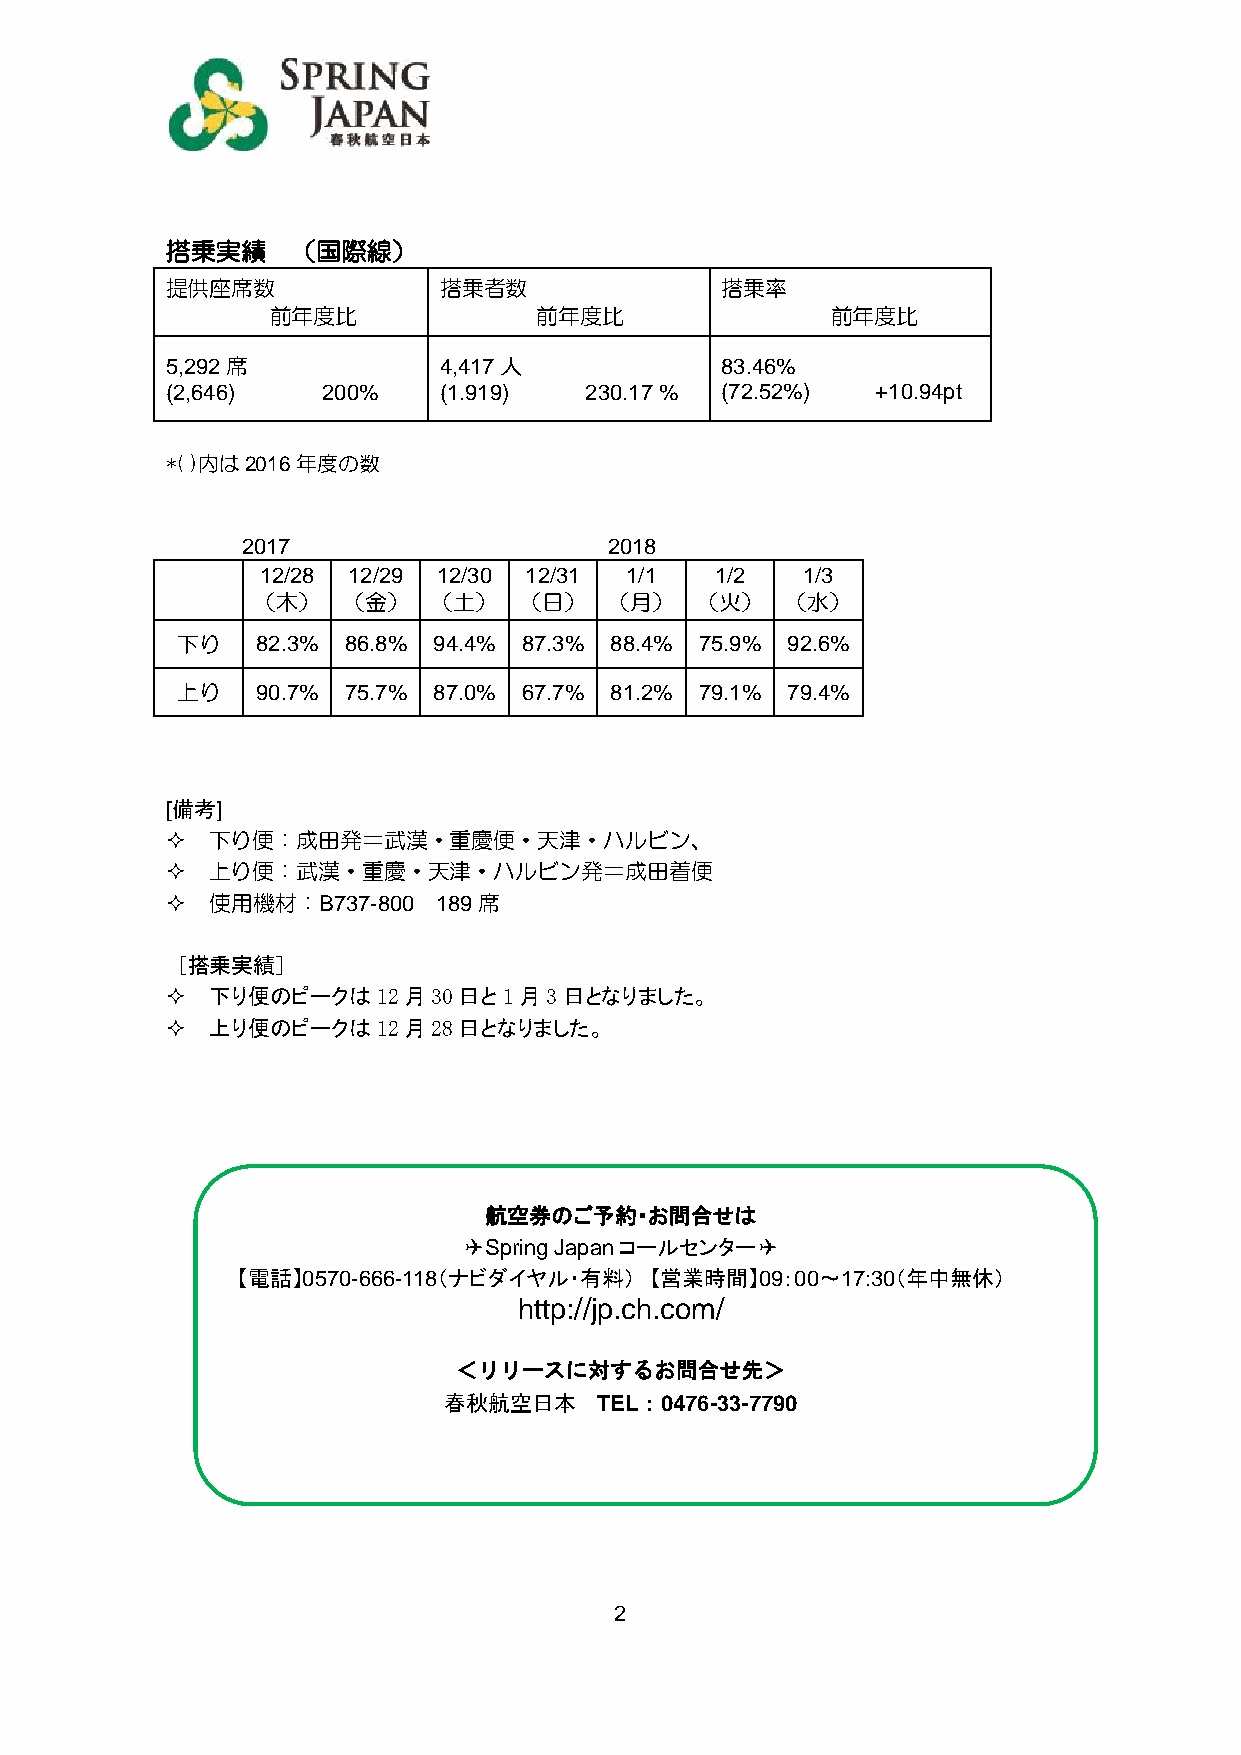
搭乗実績    （国際線）
 提供座席数             搭乗者数               搭乗率
 前年度比             前年度比                前年度比
 5,292席            4,417人             83.46%
 (2,646)   200%    (1.919)   230.17 % (72.52%)  +10.94pt
 *( )内は2016年度の数
 2017                    2018
 12/28 12/29 12/30 12/31 1/1   1/2   1/3
 （木）   （金）   （土）  （日）   （月）   （火）   （水）
 下り   82.3% 86.8% 94.4% 87.3% 88.4% 75.9% 92.6%
 上り   90.7% 75.7% 87.0% 67.7% 81.2% 79.1% 79.4%
 [備考]
   下り便：成田発＝武漢・重慶便・天津・ハルビン、
   上り便：武漢・重慶・天津・ハルビン発＝成田着便
   使用機材：B737-800  189席
 [搭乗実績]
   下り便のピークは12月30日と1月3日となりました。
   上り便のピークは12月28日となりました。
 航空券のご予約・お問合せは
 ✈Spring Japanコールセンター✈
 【電話】0570-666-118（ナビダイヤル・有料） 【営業時間】09：00～17:30（年中無休）
 http://jp.ch.com/
 ＜リリースに対するお問合せ先＞
 春秋航空日本     TEL：0476-33-7790
 2